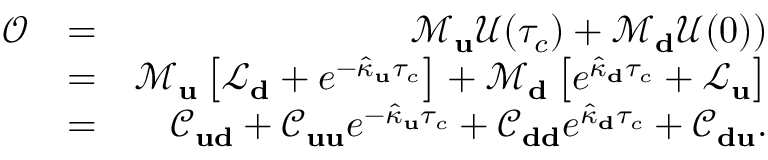
\begin{array} { r l r } { \mathcal { O } } & { = } & { \mathcal { M } _ { \bf u } \mathcal { U } ( \tau _ { c } ) + \mathcal { M } _ { \bf d } \mathcal { U } ( 0 ) ) } \\ & { = } & { \mathcal { M } _ { \bf u } \left[ \mathcal { L } _ { \bf d } + e ^ { - \hat { \kappa } _ { \bf u } \tau _ { c } } \right] + \mathcal { M } _ { \bf d } \left[ e ^ { \hat { \kappa } _ { \bf d } \tau _ { c } } + \mathcal { L } _ { \bf u } \right] } \\ & { = } & { \mathcal { C } _ { \bf u d } + \mathcal { C } _ { \bf u u } e ^ { - \hat { \kappa } _ { \bf u } \tau _ { c } } + \mathcal { C } _ { \bf d d } e ^ { \hat { \kappa } _ { \bf d } \tau _ { c } } + \mathcal { C } _ { \bf d u } . } \end{array}